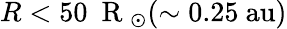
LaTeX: R<50~\mathrm{~R~}_{\odot}(\sim 0.25~\mathrm{au})